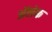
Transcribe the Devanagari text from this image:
अॅलेक